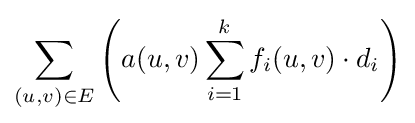
\sum _{(u,v)\in E}\left(a(u,v)\sum _{i=1}^{k}f_{i}(u,v)\cdot d_{i}\right)